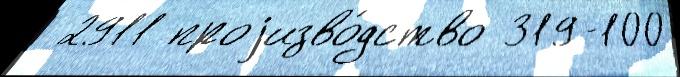
 2911 проjизво́дство 319-100